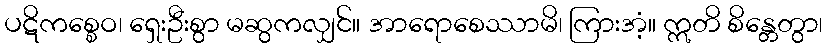
ပဋိကစ္စေဝ၊ ရှေးဦးစွာ မဆွကလျှင်။ အာရောစေဿာမိ၊ ကြားအံ့။ ဣတိ စိန္တေတွာ၊